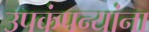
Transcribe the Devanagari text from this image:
उपकंपन्यांना